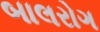
બાલરોગ